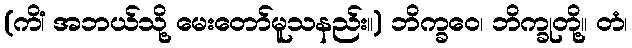
(ကိံ၊ အဘယ်သို့ မေးတော်မူသနည်း။) ဘိက္ခဝေ၊ ဘိက္ခုတို့။ တံ၊